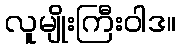
လူမျိုးကြီးဝါဒ။